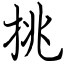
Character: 挑